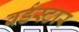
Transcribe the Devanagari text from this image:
वर्डस्‍टार